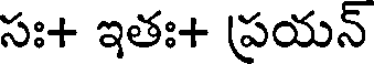
సః+ ఇతః+ ప్రయన్